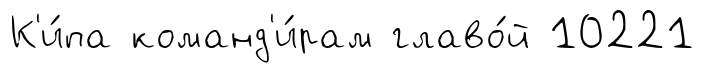
К'и́па команд'и́рам главо́й 10221